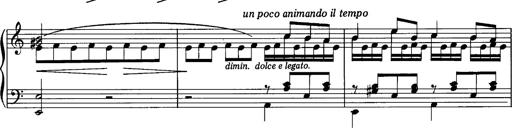
Title: La romanesca
Composer: Franz Liszt